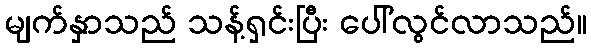
မျက်နှာသည် သန့်ရှင်းပြီး ပေါ်လွင်လာသည်။